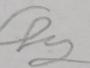
Signature authenticity: forged